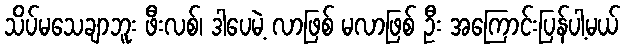
သိပ်မသေချာဘူး ဖီးလစ်၊ ဒါပေမဲ့ လာဖြစ် မလာဖြစ် ဦး အကြောင်းပြန်ပါ့မယ်